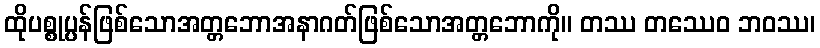
ထိုပစ္စုပ္ပန်ဖြစ်သောအတ္တဘောအနာဂတ်ဖြစ်သောအတ္တဘောကို။ တဿ တဿေဝ ဘဝဿ၊